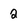
Character: 2